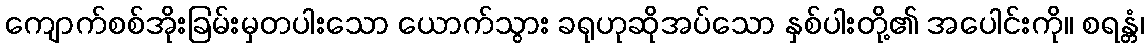
ကျောက်စစ်အိုးခြမ်းမှတပါးသော ယောက်သွား ခရုဟုဆိုအပ်သော နှစ်ပါးတို့၏ အပေါင်းကို။ စရန္တံ၊